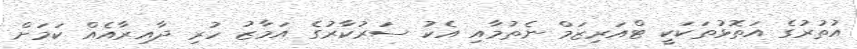
އުތުރުގެ އަތޮޅުތަކަކީ ޓްއަރިޒަމް ނެތުމާއި އެކު ސަރުކާރުގެ އަމާޒު ހުރި ދާއިރާއެއް ކަމަށް